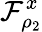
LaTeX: \mathcal{F}_{\rho_{2}}^{x}